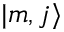
| m , j \rangle